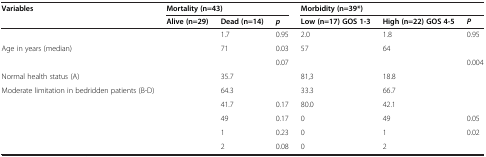
<table><thead><tr><td><b>Variables</b></td><td colspan="3"><b>Mortality (n=43)</b></td><td colspan="3"><b>Morbidity (n=39*)</b></td></tr><tr><td>[EMPTY_CELL]</td><td><b>Alive (n=29)</b></td><td><b>Dead (n=14)</b></td><td><b><i>p</i></b></td><td><b>Low (n=17) GOS 1-3</b></td><td><b>High (n=22) GOS 4-5</b></td><td><b><i>P</i></b></td></tr></thead><tbody><tr><td>[EMPTY_CELL]</td><td>[EMPTY_CELL]</td><td>1.7</td><td>0.95</td><td>2.0</td><td>1.8</td><td>0.95</td></tr><tr><td>Age in years (median)</td><td>[EMPTY_CELL]</td><td>71</td><td>0.03</td><td>57</td><td>64</td><td>[EMPTY_CELL]</td></tr><tr><td>[EMPTY_CELL]</td><td>[EMPTY_CELL]</td><td>[EMPTY_CELL]</td><td>0.07</td><td>[EMPTY_CELL]</td><td>[EMPTY_CELL]</td><td>0.004</td></tr><tr><td>Normal health status (A)</td><td>[EMPTY_CELL]</td><td>35.7</td><td>[EMPTY_CELL]</td><td>81,3</td><td>18.8</td><td>[EMPTY_CELL]</td></tr><tr><td>Moderate limitation in bedridden patients (B-D)</td><td>[EMPTY_CELL]</td><td>64.3</td><td>[EMPTY_CELL]</td><td>33.3</td><td>66.7</td><td>[EMPTY_CELL]</td></tr><tr><td>[EMPTY_CELL]</td><td>[EMPTY_CELL]</td><td>41.7</td><td>0.17</td><td>80.0</td><td>42.1</td><td>[EMPTY_CELL]</td></tr><tr><td>[EMPTY_CELL]</td><td>[EMPTY_CELL]</td><td>49</td><td>0.17</td><td>0</td><td>49</td><td>0.05</td></tr><tr><td>[EMPTY_CELL]</td><td>[EMPTY_CELL]</td><td>1</td><td>0.23</td><td>0</td><td>1</td><td>0.02</td></tr><tr><td>[EMPTY_CELL]</td><td>[EMPTY_CELL]</td><td>2</td><td>0.08</td><td>0</td><td>2</td><td>[EMPTY_CELL]</td></tr></tbody></table>